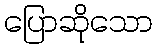
ပြောဆိုသော